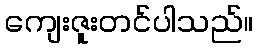
ကျေးဇူးတင်ပါသည်။